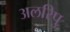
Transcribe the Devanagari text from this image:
अलरिपु